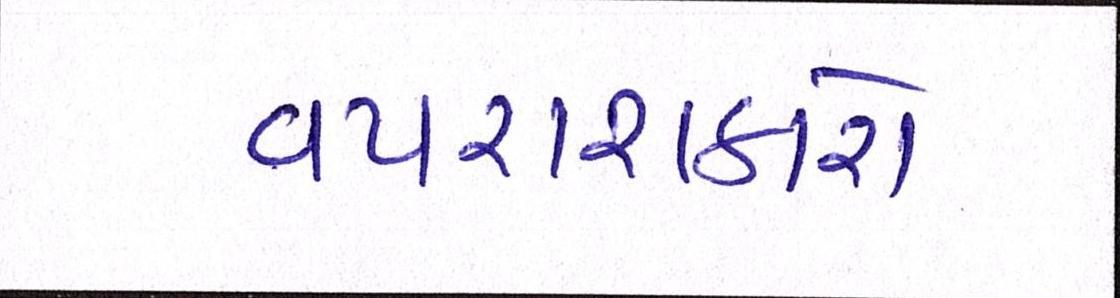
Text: વપરાશકારો